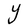
Character: Y